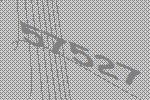
57527